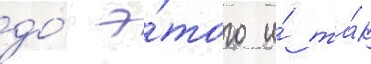
до́ э́того и́ та́к